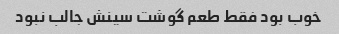
خوب بود فقط طعم گوشت سینش جالب نبود